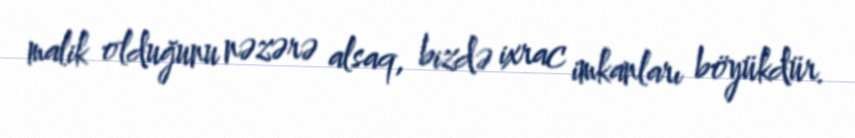
malik olduğunu nəzərə alsaq, bizdə ixrac imkanları böyükdür.